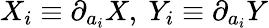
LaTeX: X_{i}\equiv\partial_{a_{i}}X,~Y_{i}\equiv\partial_{a_{i}}Y